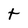
Character: t